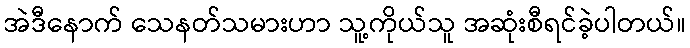
အဲဒီနောက် သေနတ်သမားဟာ သူ့ကိုယ်သူ အဆုံးစီရင်ခဲ့ပါတယ်။